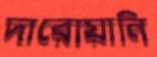
দারোয়ানি